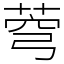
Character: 𦲄